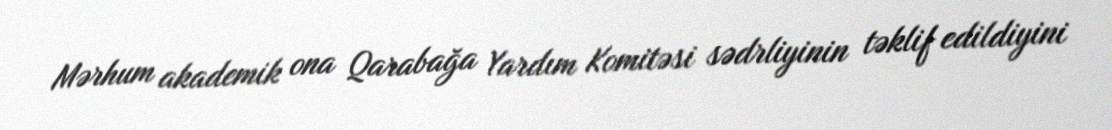
Mərhum akademik ona Qarabağa Yardım Komitəsi sədrliyinin təklif edildiyini